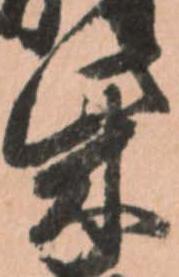
柴